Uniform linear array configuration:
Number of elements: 8
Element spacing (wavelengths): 1
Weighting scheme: hann
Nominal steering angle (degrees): -15
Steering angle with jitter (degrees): -13.938
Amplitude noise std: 0.05
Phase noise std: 0.05

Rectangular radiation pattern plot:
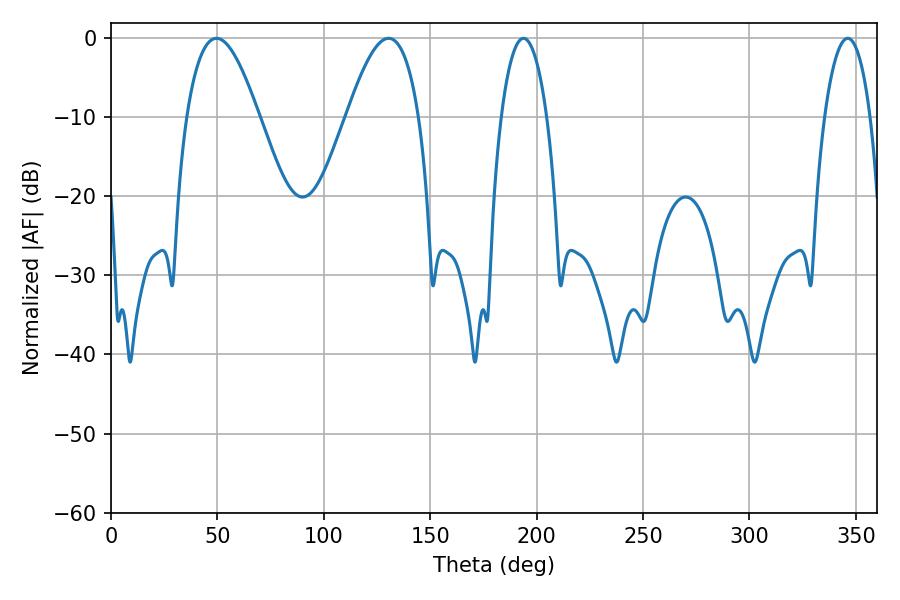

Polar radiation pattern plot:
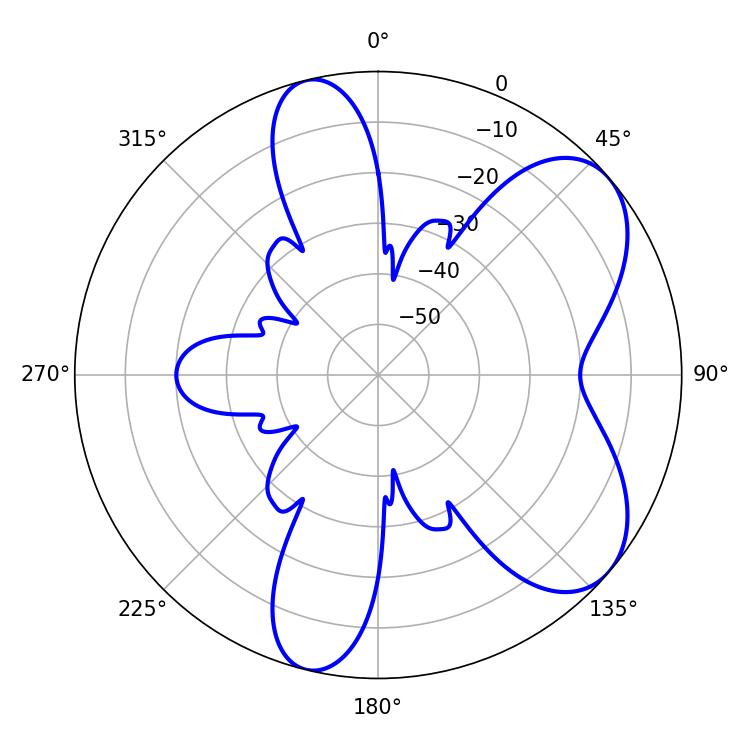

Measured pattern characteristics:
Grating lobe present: TRUE
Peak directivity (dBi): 6.608
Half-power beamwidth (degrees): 12.06
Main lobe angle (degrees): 193.86